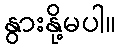
နွားနို့မပါ။